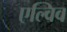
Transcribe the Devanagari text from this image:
एल्विव